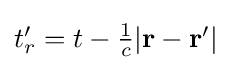
{\textstyle t_{r}'=t-{\frac {1}{c}}|\mathbf {r} -\mathbf {r} '|}